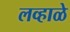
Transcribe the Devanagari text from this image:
लव्हाळे